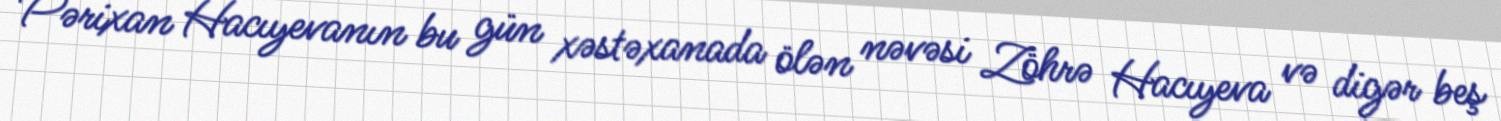
Pərixan Hacıyevanın bu gün xəstəxanada ölən nəvəsi Zöhrə Hacıyeva və digər beş